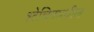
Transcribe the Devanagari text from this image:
श्टेचिनमधील